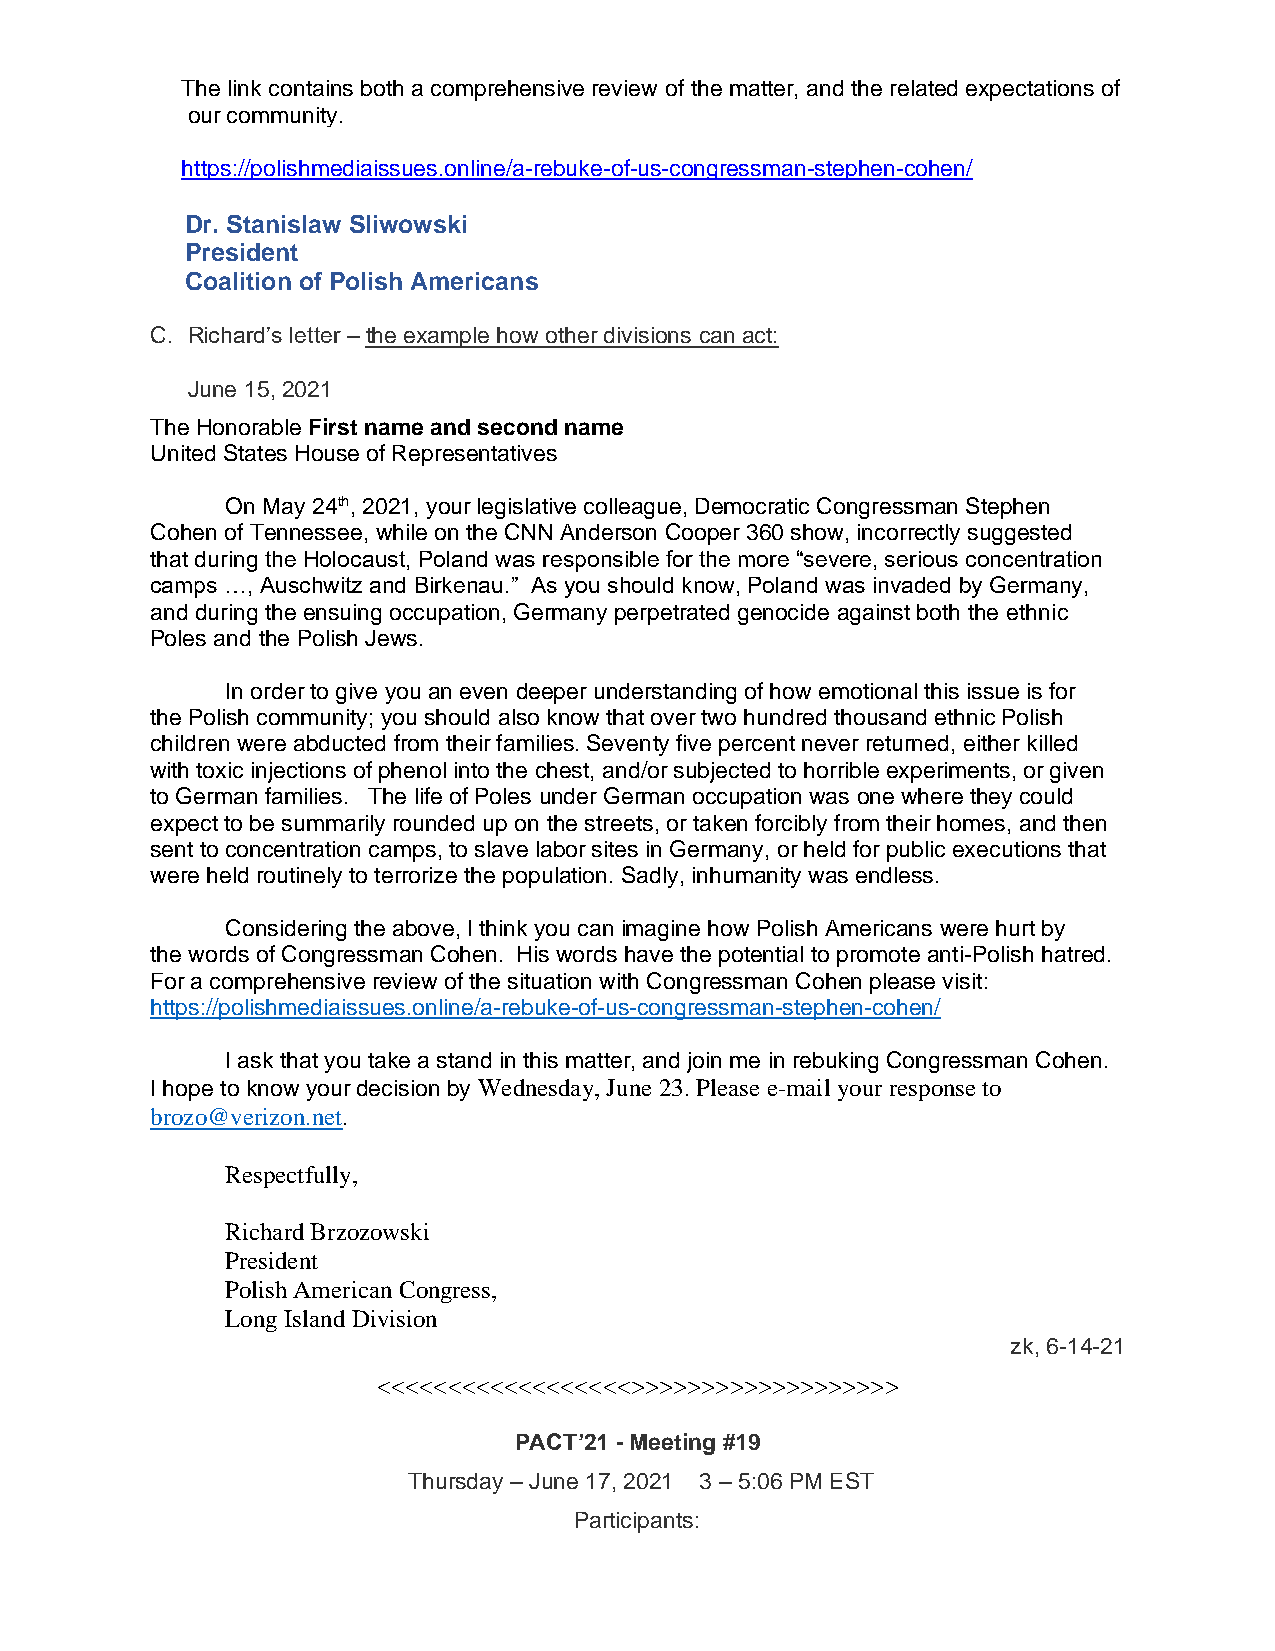
The link contains both a comprehensive review of the matter, and the related expectations of
 our community.
 https://polishmediaissues.online/a-rebuke-of-us-congressman-stephen-cohen/
 Dr. Stanislaw Sliwowski
 President
 Coalition of Polish Americans
 C. Richard’s letter – the example how other divisions can act:
 June 15, 2021
 The Honorable First name and second name
 United States House of Representatives
 On May 24th, 2021, your legislative colleague, Democratic Congressman Stephen
 Cohen of Tennessee, while on the CNN Anderson Cooper 360 show, incorrectly suggested
 that during the Holocaust, Poland was responsible for the more “severe, serious concentration
 camps …, Auschwitz and Birkenau.” As you should know, Poland was invaded by Germany,
 and during the ensuing occupation, Germany perpetrated genocide against both the ethnic
 Poles and the Polish Jews.
 In order to give you an even deeper understanding of how emotional this issue is for
 the Polish community; you should also know that over two hundred thousand ethnic Polish
 children were abducted from their families. Seventy five percent never returned, either killed
 with toxic injections of phenol into the chest, and/or subjected to horrible experiments, or given
 to German families. The life of Poles under German occupation was one where they could
 expect to be summarily rounded up on the streets, or taken forcibly from their homes, and then
 sent to concentration camps, to slave labor sites in Germany, or held for public executions that
 were held routinely to terrorize the population. Sadly, inhumanity was endless.
 Considering the above, I think you can imagine how Polish Americans were hurt by
 the words of Congressman Cohen. His words have the potential to promote anti-Polish hatred.
 For a comprehensive review of the situation with Congressman Cohen please visit:
 https://polishmediaissues.online/a-rebuke-of-us-congressman-stephen-cohen/
 I ask that you take a stand in this matter, and join me in rebuking Congressman Cohen.
 I hope to know your decision by Wednesday, June 23. Please e-mail your response to
 brozo@verizon.net.
 Respectfully,
 Richard Brzozowski
 President
 Polish American Congress,
 Long Island Division
 zk, 6-14-21
 <<<<<<<<<<<<<<<<<<>>>>>>>>>>>>>>>>>>>
 PACT’21 - Meeting #19
 Thursday – June 17, 2021 3 – 5:06 PM EST
 Participants: